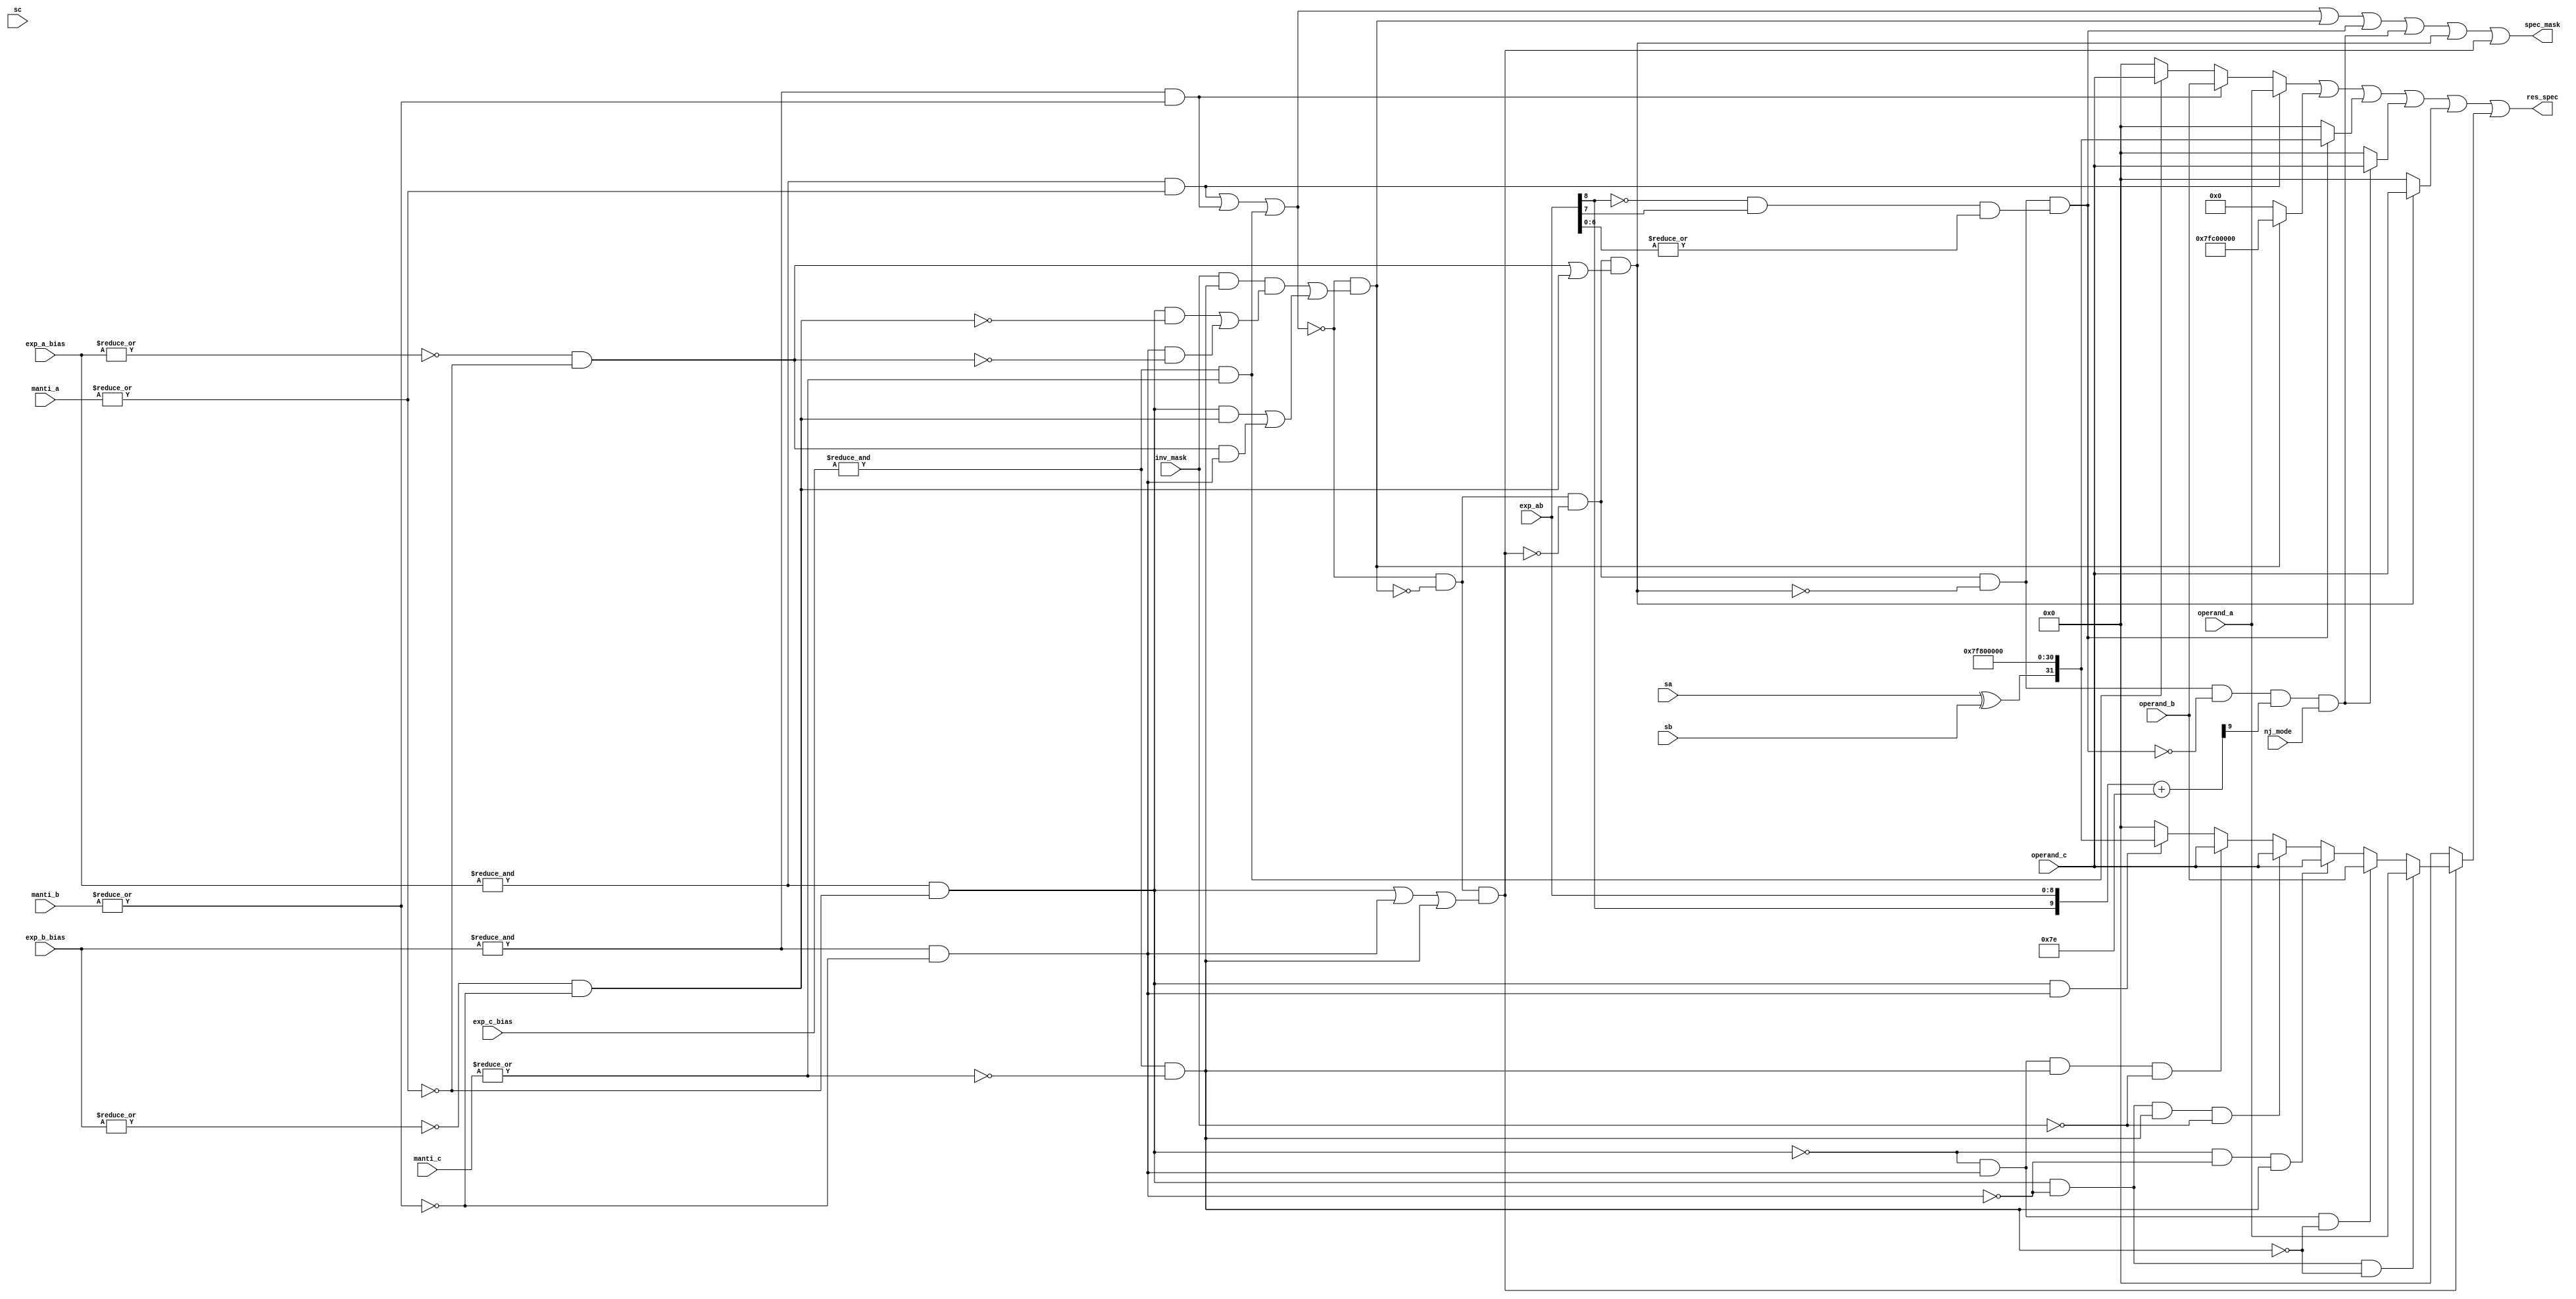
//=====================================================
//Revision	: v2.0
//Description: special case handler logic
//Rev2.0    : modify overflow_m detecting condition,exp_ab=128 will not set overflow_m,exp_ab>=129 will set overflow_m.if exp_ab=128,whether this condition cause overflow is detected in main pipeline.
//two special case defined in design doc are handled in this module
//------------------------------------------------------------
//Copyright(c)by VLSI lab of Tianjin university
//all rights reserved
//========================================================================
module  spec_handler    (
                            nj_mode,
                            inv_mask,
                            operand_a,
                            operand_b,
                            operand_c,
                            sa,
                            sb,
                            sc,
                            exp_a_bias,
                            exp_b_bias,
                            exp_c_bias,
                            manti_a,
                            manti_b,
                            manti_c,
                            exp_ab,//exp_a +exp_b

                            spec_mask,
                            res_spec
                            );
//I/O
input                   nj_mode;
input                   inv_mask;
input   [31:0]          operand_a;
input   [31:0]          operand_b;
input   [31:0]          operand_c;
input                   sa;
input                   sb;
input                   sc;
input   [7:0]           exp_a_bias;
input   [7:0]           exp_b_bias;
input   [7:0]           exp_c_bias;
input   [22:0]          manti_a;
input   [22:0]          manti_b;
input   [22:0]          manti_c;
input   [8:0]           exp_ab;

output                  spec_mask;
output  [31:0]          res_spec;


//generate mask signal
wire            exp_a_zero_m;
wire            exp_b_zero_m;
wire            exp_c_zero_m;
wire            manti_a_zero_m;
wire            manti_b_zero_m;
wire            manti_c_zero_m;

wire            exp_a_max_m;//whether exponent of a is 255
wire            exp_b_max_m;
wire            exp_c_max_m;

wire            a_zero_m;//whether operand a is zero or not
wire            b_zero_m;
wire            c_zero_m;

wire            a_inf_m;//whether operand a is infinity or not
wire            b_inf_m;
wire            c_inf_m;

wire            a_nan_m;//whether operand a is NaN
wire            b_nan_m;
wire            c_nan_m;

wire    [9:0]   diff_126;//exp_ab -(-126)
wire            underflow_m;//whether exp_ab is underflow
wire            overflow_m;//whether exp_ab is overflow

wire            sign_ab;//sign of a x b;

wire            nan_ecp;//mask signal to indicate whether nan operand exception occurs
wire    [31:0]  res_spec_tmp0;

wire            invalid_ecp;//
wire    [31:0]  res_spec_tmp1;

wire            overflow_ecp;
wire    [31:0]  res_spec_tmp2;

wire            underflow_ecp;
wire    [31:0]  res_spec_tmp3;

wire            zero_ecp;//input operand has zero
wire    [31:0]  res_spec_tmp4;

wire            inf_ecp;//input operand has infinity 
wire    [31:0]  res_spec_tmp5;


assign  sign_ab = sa ^ sb;


assign  exp_a_zero_m    = ~| exp_a_bias;
assign  exp_b_zero_m    = ~| exp_b_bias;
assign  exp_c_zero_m    = ~| exp_c_bias;

assign  exp_a_max_m     = &  exp_a_bias;
assign  exp_b_max_m     = &  exp_b_bias;
assign  exp_c_max_m     = &  exp_c_bias;

assign  manti_a_zero_m  = ~| manti_a;
assign  manti_b_zero_m  = ~| manti_b;
assign  manti_c_zero_m  = ~| manti_c;

assign  a_zero_m        = exp_a_zero_m & manti_a_zero_m;
assign  b_zero_m        = exp_b_zero_m & manti_b_zero_m;
assign  c_zero_m        = exp_c_zero_m & manti_c_zero_m;

assign  a_inf_m         = exp_a_max_m & manti_a_zero_m;
assign  b_inf_m         = exp_b_max_m & manti_b_zero_m;
assign  c_inf_m         = exp_c_max_m & manti_c_zero_m;

assign  a_nan_m         = exp_a_max_m & {~manti_a_zero_m};
assign  b_nan_m         = exp_b_max_m & {~manti_b_zero_m};
assign  c_nan_m         = exp_c_max_m & {~manti_c_zero_m};

assign  diff_126        = {exp_ab[8],exp_ab} + 10'd126;
assign  underflow_m     = diff_126[9];
/////////////// Rev 1.0/////////////////////////////////////////////
//assign  overflow_m      = {~exp_ab[8]} & exp_ab[7];//if overflow,the 2 msb must be 2'b01,means > 127
////////////////////////////////////////////////////////////////////

////////////////Rev2.0///////////////////////////////////
assign  overflow_m      = {~exp_ab[8]} & exp_ab[7] & { |exp_ab[6:0] };//if exp_ab >=129 then overflow exception must happen
//----------------------------------------------
//special case detect order
//Nan -> invalide -> inf -> zero -> overflow -> underflow
//------------------------------------------------------


//=====================================
// special case 1
//=====================================
//-------------------------------------------
//NaN Operand Exception handle logic
//-------------------------------------------

assign  nan_ecp         = a_nan_m | b_nan_m | c_nan_m;//highest order
assign  res_spec_tmp0   = a_nan_m ? operand_a :
                          b_nan_m ? operand_b :
                          c_nan_m ? operand_c : 32'h0;
//--------------------------------------------
//invalid operation exception handle logic
//infinity - infinity or 0 * infinity
//--------------------------------------------
wire            inf_minus_m;//inf-inf
wire            inf_zero_mul_m;//inf*0
assign  inf_minus_m     = inv_mask && c_inf_m &&( (a_inf_m & {~b_zero_m}) || (b_inf_m & { ~a_zero_m}));
assign  inf_zero_mul_m  = (a_inf_m & b_zero_m ) || (a_zero_m & b_inf_m);
assign  invalid_ecp     = !nan_ecp && (inf_minus_m | inf_zero_mul_m);//order 2
assign  res_spec_tmp1   = invalid_ecp ? 32'h7fc0_0000 : 32'h0;//QNaN

//-----------------------------------------------
//overflow exception handle logic
//----------------------------------------------
assign  overflow_ecp    =  !nan_ecp && !invalid_ecp && !inf_ecp && !zero_ecp  && overflow_m;//order 5
assign  res_spec_tmp2   = overflow_ecp ? {sign_ab,8'hff,23'h0} : 32'h0;

//-----------------------------------------------
//underflow handle logic
//if non-java mode treated as zero
//if java mode treat as normal number
//----------------------------------------------
assign  underflow_ecp   =  !nan_ecp && !invalid_ecp && !inf_ecp && !zero_ecp && !overflow_ecp && underflow_m && nj_mode;//order 6
assign  res_spec_tmp3   = underflow_ecp ? operand_c : 32'h0;

//=============================================================
//special case 2
//=============================================================
//----------------------------------------------
//input operand has zero
//---------------------------------------------
assign  zero_ecp        =  !nan_ecp && !invalid_ecp && !inf_ecp &&  (a_zero_m | b_zero_m) ;//order 4
assign  res_spec_tmp4   = zero_ecp ? operand_c : 32'h0;

//-------------------------------------------------------------
//input operand has infinity
//-------------------------------------------------------------
assign  inf_ecp         = !nan_ecp && !invalid_ecp  && ( a_inf_m | b_inf_m | c_inf_m);//order 3
assign  res_spec_tmp5   = (!inf_ecp) ? 32'h0:
                          (a_inf_m & {~b_inf_m} & {~c_inf_m}) ? operand_a:
                          ({~a_inf_m}&b_inf_m&{~c_inf_m}) ? operand_b:
                          ({~a_inf_m}&{~b_inf_m}&c_inf_m) ? operand_c:
                          (a_inf_m &{~b_inf_m}&c_inf_m&{~inv_mask}) ?operand_c:
                          ({~a_inf_m}&b_inf_m&c_inf_m&{~inv_mask})  ?operand_c:
                          (a_inf_m & b_inf_m ) ? {sign_ab,8'hff,23'h0}:32'h0;



//generate output
assign  spec_mask   = nan_ecp | invalid_ecp | overflow_ecp | underflow_ecp | zero_ecp | inf_ecp;
assign  res_spec    = res_spec_tmp0 | res_spec_tmp1 | res_spec_tmp2 | res_spec_tmp3 | res_spec_tmp4 | res_spec_tmp5;


endmodule